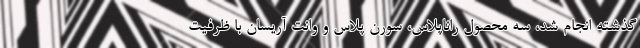
گذشته انجام شد، سه محصول راناپلاس،‌ سورن پلاس و وانت آریسان با ظرفیت